Civil Veterinary Department. Madras. Admin. report 1910-25 - 1910-1925
Year: 1910
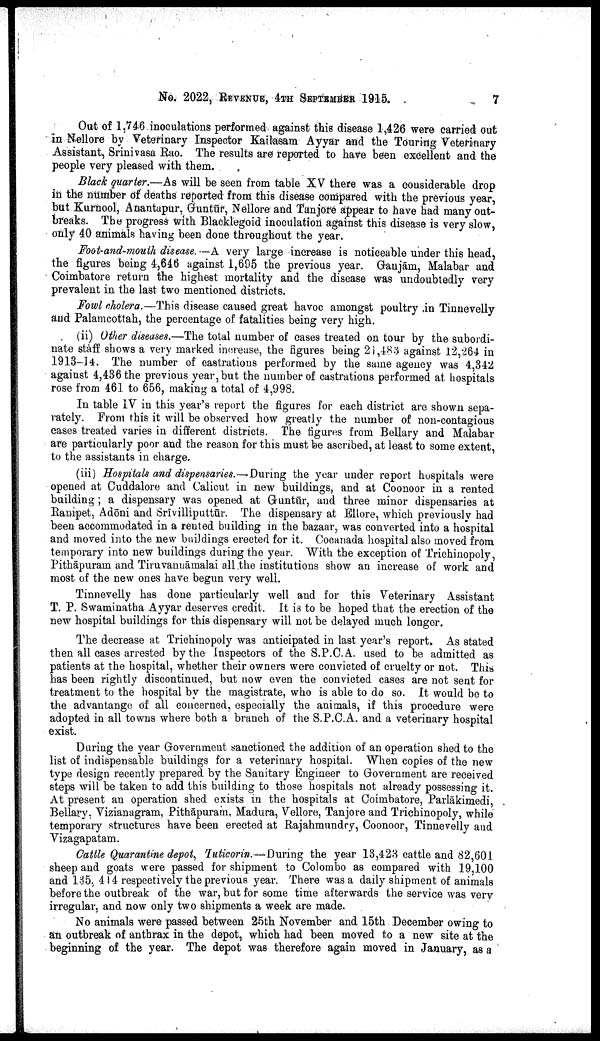
No. 2022, REVENUE, 4TH SEPTEMBER 1915.
7
Out of 1,746 inoculations performed against this disease 1,426 were carried out
in Nellore by Veterinary Inspector Kailasam Ayyar and the Touring Veterinary
Assistant, Srinivasa Rao. The results are reported to have been excellent and the
people very pleased with them.
Black quarter.—As will be seen from table XV there was a considerable drop
in the number of deaths reported from this disease compared with the previous year,
but Kurnool, Anantapur, Guntūr, Nellore and Tanjore appear to have had many out
breaks. The progress with Blacklegoid inoculation against this disease is very slow,
only 40 animals having been done throughout the year.
Foot-and-mouth disease. —A very large increase is noticeable under this head,
the figures being 4,646 against 1,695 the previous year. Ganjām, Malabar and
Coimbatore return the highest mortality and the disease was undoubtedly very
prevalent in the last two mentioned districts.
Fowl cholera.—This disease caused great havoc amongst poultry in Tinnevelly
and Palamcottah, the percentage of fatalities being very high.
(ii) Other diseases.—The total number of cases treated on tour by the subordi
nate staff shows a very marked increase, the figures being 21,483 against 12,264 in
1913-14. The number of castrations performed by the same agency was 4,342
against 4,436 the previous year, but the number of castrations performed at hospitals
rose from 461 to 656, making a total of 4,998.
In table IV in this year's report the figures for each district are shown sepa
rately. From this it will be observed how greatly the number of non-contagious
cases treated varies in different districts. The figures from Bellary and Malabar
are particularly poor and the reason for this must be ascribed, at least to some extent,
to the assistants in charge.
(iii) Hospitals and dispensaries.—.During the year under report hospitals were
opened at Cuddalore and Calicut in new buildings, and at Coonoor in a rented
building; a dispensary was opened at Guntūr, and three minor dispensaries at
Ranipet, Adōni and Srīvilliputtūr. The dispensary at Ellore, which previously had
been accommodated in a rented building in the bazaar, was converted into a hospital
and moved into the new buildings erected for it. Cocanada hospital also moved from
temporary into new buildings during the year. With the exception of Trichinopoly,
Pithāpuram and Tiruvannāmalai all the institutions show an increase of work and
most of the new ones have begun very well.
Tinnevelly has done particularly well and for this Veterinary Assistant
T. P. Swaminatha Ayyar deserves credit. It is to be hoped that the erection of the
new hospital buildings for this dispensary will not be delayed much longer.
The decrease at Trichinopoly was anticipated in last year's report. As stated
then all cases arrested by the Inspectors of the S.P.C.A. used to be admitted as
patients at the hospital, whether their owners were convicted of cruelty or not. This
has been rightly discontinued, but now even the convicted cases are not sent for
treatment to the hospital by the magistrate, who is able to do so. It would be to
the advantange of all concerned, especially the animals, if this procedure were
adopted in all towns where both a branch of the S.P.C.A. and a veterinary hospital
exist.
During the year Government sanctioned the addition of an operation shed to the
list of indispensable buildings for a veterinary hospital. When copies of the new
type design recently prepared by the Sanitary Engineer to Government are received
steps will be taken to add this building to those hospitals not already possessing it.
At present an operation shed exists in the hospitals at Coimbatore, Parlākimedi,
Bellary, Vizianagram, Pithāpuram, Madura, Vellore, Tanjore and Trichinopoly, while
temporary structures have been erected at Rajahmundry, Coonoor, Tinnevelly and
Vizagapatam.
Cattle Quarantine depot, Tuticorin.—During the year 13,423 cattle and 82,601
sheep and goats were passed for shipment to Colombo as compared with 19,100
and 135, 414 respectively the previous year. There was a daily shipment of animals
before the outbreak of the war, but for some time afterwards the service was very
irregular, and now only two shipments a week are made.
No animals were passed between 25th November and 15th December owing to
an outbreak of anthrax in the depot, which had been moved to a new site at the
beginning of the year. The depot was therefore again moved in January, as a